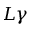
L \gamma